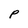
Character: P